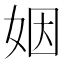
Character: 姻